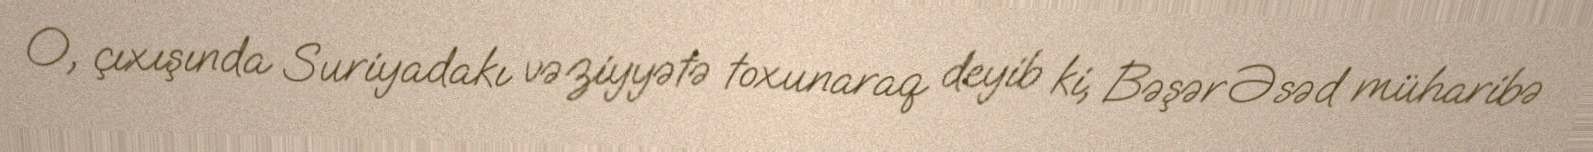
O, çıxışında Suriyadakı vəziyyətə toxunaraq deyib ki, Bəşər Əsəd müharibə